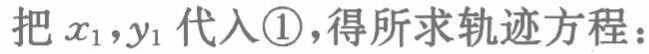
把 \(x_{1},y_{1}\) 代入\textcircled{1},得所求轨迹方程：